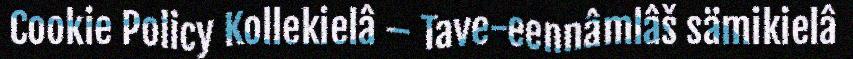
Cookie Policy Kollekielâ – Tave-eennâmlâš sämikielâ